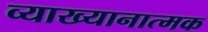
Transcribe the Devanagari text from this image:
व्याख्यानात्मक